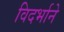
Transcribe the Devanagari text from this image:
विदर्भाने